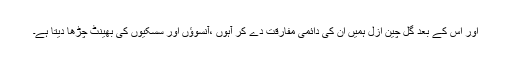
اور اس کے بعد گل چین ازل ہمیں ان کی دائمی مفارقت دے کر آہوں ،آنسوؤں اور سسکیوں کی بھینٹ چڑھا دیتا ہے۔